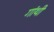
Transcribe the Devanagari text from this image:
गांथी